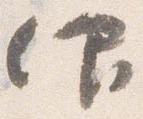
仰